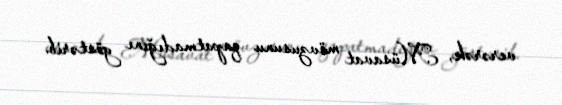
verərək, Müsavat mövzusunu qapatmadığını göstərib.